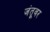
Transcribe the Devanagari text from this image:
जंतूवर